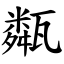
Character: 甐